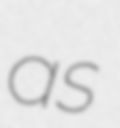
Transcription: as